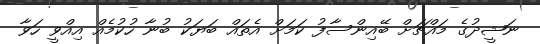
ނަޝީދުގެ މައްޗަށް ބޭއިންސާފު ކަމަށް އެތައް ބަޔަކު ބުނާ ހުކުމެއް އިއްވީ ހަވާ